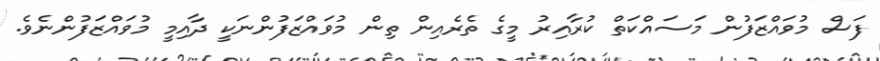
ފަސް މުވައްޒަފުން މަސައްކަތް ކުރާއިރު މީގެ ތެރެއިން ތިން މުވައްޒަފުންނަކީ ދާއިމީ މުވައްޒަފުންނެވެ.